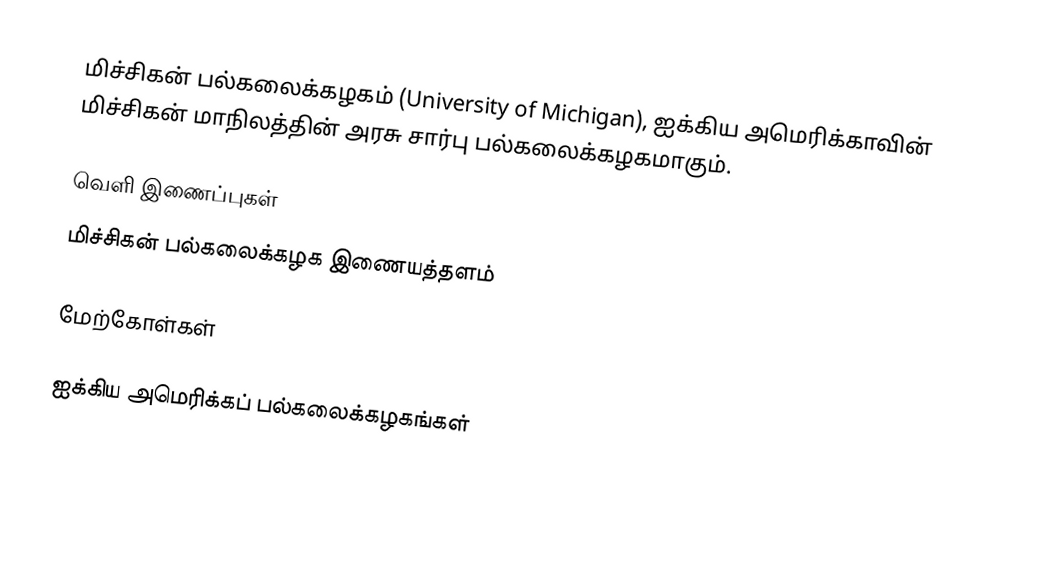
மிச்சிகன் பல்கலைக்கழகம் (University of Michigan), ஐக்கிய அமெரிக்காவின் மிச்சிகன் மாநிலத்தின் அரசு சார்பு பல்கலைக்கழகமாகும்.

வெளி இணைப்புகள்
 மிச்சிகன் பல்கலைக்கழக இணையத்தளம்

மேற்கோள்கள்

ஐக்கிய அமெரிக்கப் பல்கலைக்கழகங்கள்